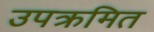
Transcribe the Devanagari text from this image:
उपक्रमित